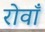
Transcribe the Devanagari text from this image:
रोवाँ